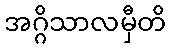
အဂ္ဂိသာလမှီတိ